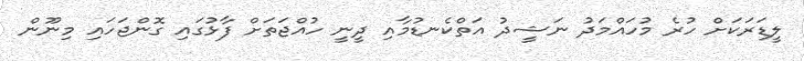
ލީޑަރަކަށް ހުރެ މުހައްމަދު ނަޝީދު އަތްކެނޑުމާއި ދީނީ ހުއްޖަތަށް ފާޅުގައި ގޮންޖަހައި މިނޫން